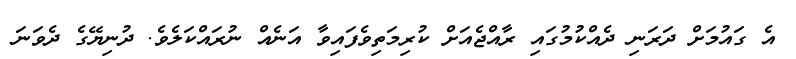
އެ ގައުމަށް ދަރަނި ދެއްކުމުގައި ރާއްޖެއަށް ކުރިމަތިވެފައިވާ އަނެއް ނުރައްކަލެވެ. ދުނިޔޭގެ ދެވަނަ